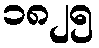
၁၈၂၅